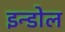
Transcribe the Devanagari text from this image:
इन्डोल